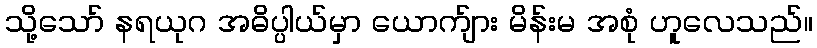
သို့သော် နရယုဂ အဓိပ္ပါယ်မှာ ယောက်ျား မိန်းမ အစုံ ဟူလေသည်။